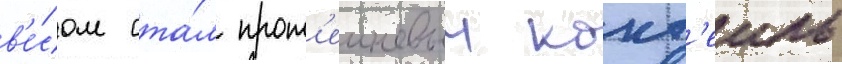
в'е́сом ста́л прот'еиновыи кокт'еиль